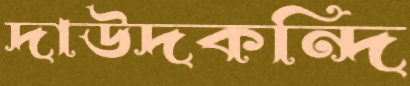
দাউদকন্দি